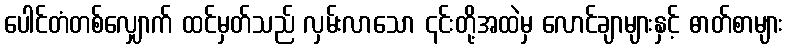
ပေါင်တံတစ်လျှောက် ထင်မှတ်သည် လှမ်းလာသော ၎င်းတို့အထဲမှ လောင်ချာများနှင့် ဓာတ်စာများ